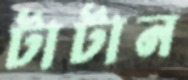
টাটান